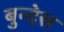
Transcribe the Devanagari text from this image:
बुन्देस